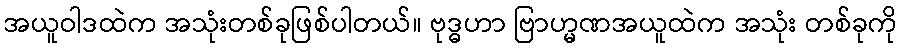
အယူဝါဒထဲက အသုံးတစ်ခုဖြစ်ပါတယ်။ ဗုဒ္ဓဟာ ဗြာဟ္မဏအယူထဲက အသုံး တစ်ခုကို